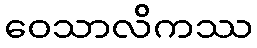
ဝေသာလိကဿ